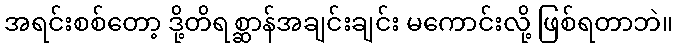
အရင်းစစ်တော့ ဒို့တိရစ္ဆာန်အချင်းချင်း မကောင်းလို့ ဖြစ်ရတာဘဲ။